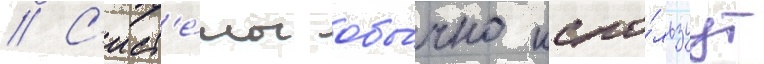
// С'ист'е́мы обы́чно испо́льзуут